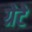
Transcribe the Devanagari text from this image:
ग्रेटे